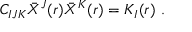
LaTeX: C _ { I J K } \bar { X } ^ { J } ( r ) \bar { X } ^ { K } ( r ) = K _ { I } ( r ) \ .